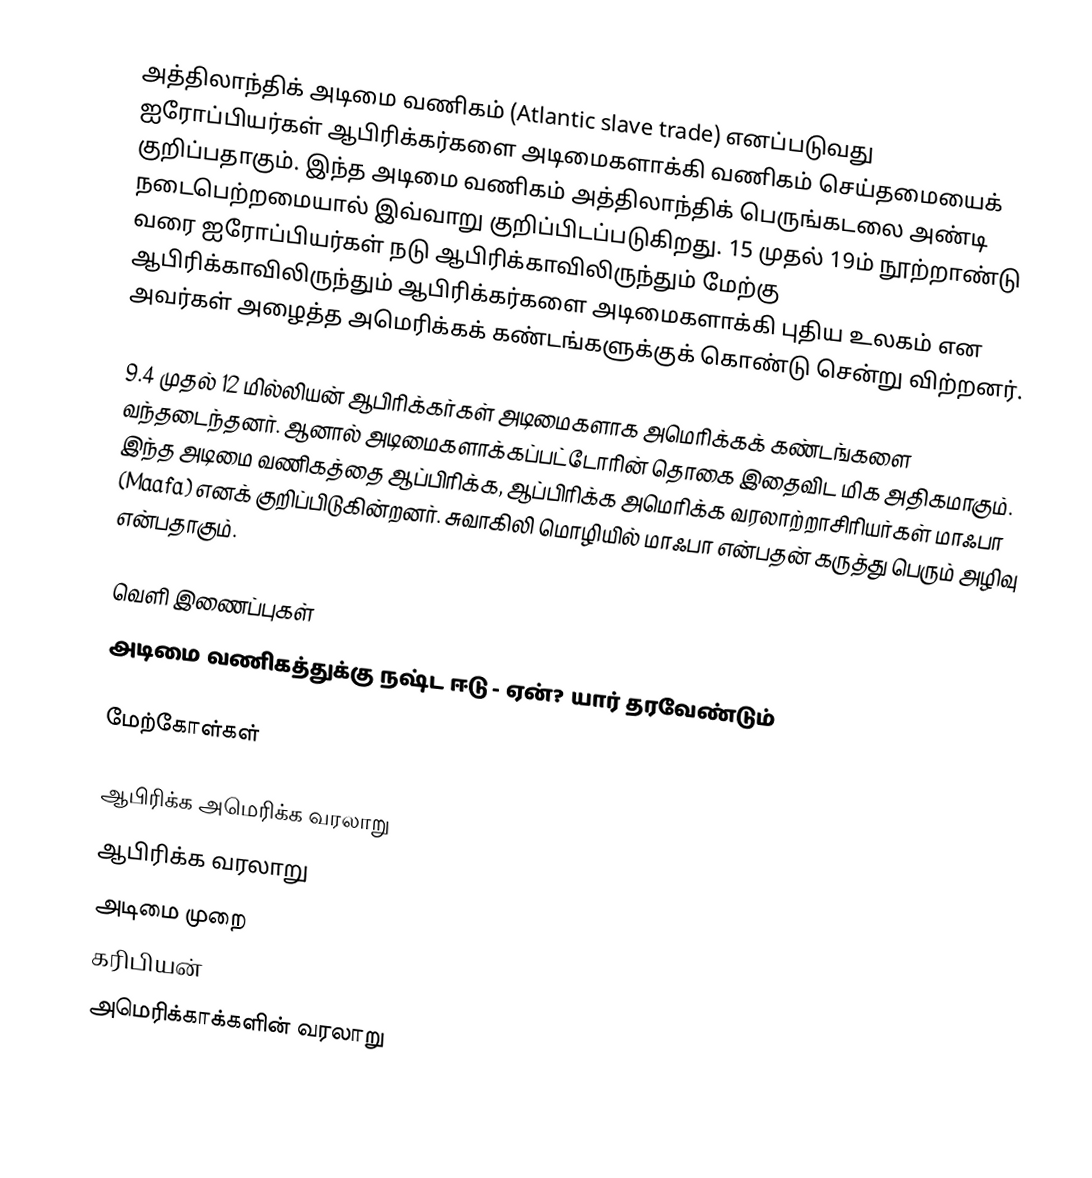
அத்திலாந்திக் அடிமை வணிகம் (Atlantic slave trade) எனப்படுவது ஐரோப்பியர்கள் ஆபிரிக்கர்களை அடிமைகளாக்கி வணிகம் செய்தமையைக் குறிப்பதாகும். இந்த அடிமை வணிகம் அத்திலாந்திக் பெருங்கடலை அண்டி நடைபெற்றமையால் இவ்வாறு குறிப்பிடப்படுகிறது. 15 முதல் 19ம் நூற்றாண்டு வரை ஐரோப்பியர்கள் நடு ஆபிரிக்காவிலிருந்தும் மேற்கு ஆபிரிக்காவிலிருந்தும் ஆபிரிக்கர்களை அடிமைகளாக்கி புதிய உலகம் என அவர்கள் அழைத்த அமெரிக்கக் கண்டங்களுக்குக் கொண்டு சென்று விற்றனர்.

9.4 முதல் 12 மில்லியன் ஆபிரிக்கர்கள் அடிமைகளாக அமெரிக்கக் கண்டங்களை வந்தடைந்தனர். ஆனால் அடிமைகளாக்கப்பட்டோரின் தொகை இதைவிட மிக அதிகமாகும். இந்த அடிமை வணிகத்தை ஆப்பிரிக்க, ஆப்பிரிக்க அமெரிக்க வரலாற்றாசிரியர்கள் மாஃபா (Maafa) எனக் குறிப்பிடுகின்றனர். சுவாகிலி மொழியில் மாஃபா என்பதன் கருத்து பெரும் அழிவு என்பதாகும்.

வெளி இணைப்புகள்
 அடிமை வணிகத்துக்கு நஷ்ட ஈடு - ஏன்? யார் தரவேண்டும்

மேற்கோள்கள்

ஆபிரிக்க அமெரிக்க வரலாறு
ஆபிரிக்க வரலாறு
அடிமை முறை
கரிபியன்
அமெரிக்காக்களின் வரலாறு